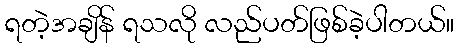
ရတဲ့အချိန် ရသလို လည်ပတ်ဖြစ်ခဲ့ပါတယ်။